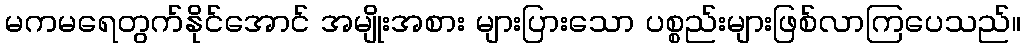
မကမရေတွက်နိုင်အောင် အမျိုးအစား များပြားသော ပစ္စည်းများဖြစ်လာကြပေသည်။